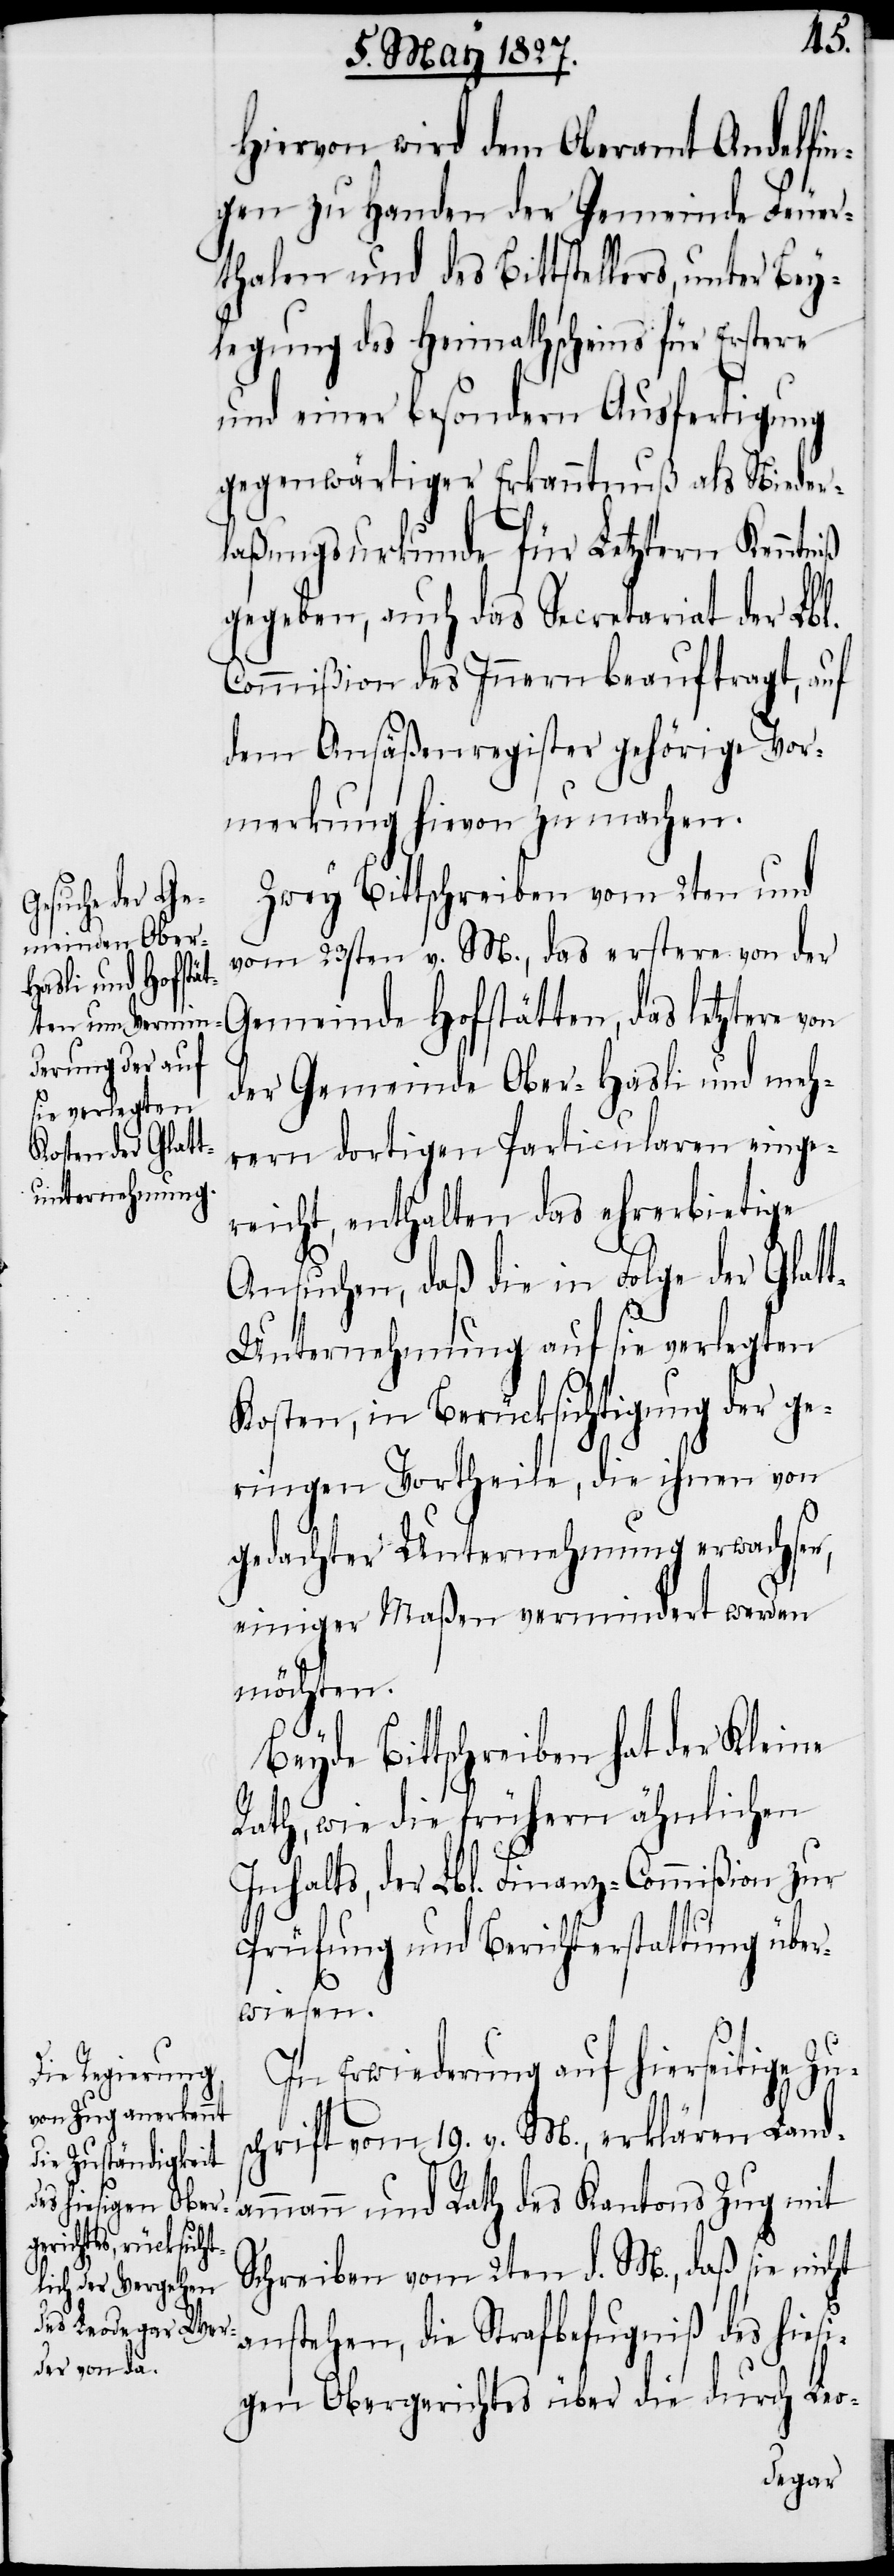
Hiervon wird dem Oberamt Andelfin¬
gen zu Handen der Gemeinde Feuer¬
thalen und des Bittstellers, unter Bey¬
legung des Heimathscheins für Erstere
und einer besondern Ausfertigung
gegenwärtiger Erkanntnuß als Nieder¬
laßungsurkunde für Letztern Kenntniß
gegeben, auch das Secretariat der Lbl.
Commißion des Innern beauftragt, auf
dem Ansäßenregister gehörige Vor¬
merkung hievon zu machen.
Zwey Bittschreiben vom 2ten und
vom 23sten v. M., das erstere von der
Gemeinde Hofstätten, das letztere von
der Gemeinde Ober-Hasli und meh¬
rern dortigen Particularen einge¬
reicht, enthalten das ehrerbietige
Ansuchen, daß die in Folge der Glat¬
t-Unternehmung auf sie verlegten
Kosten, in Berücksichtigung der ge¬
ringen Vortheile, die ihnen von
gedachter Unternehmung erwachsen,
einiger Maßen vermindert werden
möchten.
Beyde Bittschreiben hat der Kleine
Rath, sowie die frühern ähnlichen
Inhalts, der Lbl. Finanz-Commißion zur
Prüfung und Berichtserstattung über¬
wiesen.
In Erwiederung auf hierseitige Zus¬
chrift vom 19. v. M., erklären Land¬
ammann und Rath des Kantons Zug mit
Schreiben vom 2ten d. M., daß sie nicht
anstehen, die Strafbefugniß des hiesi¬
gen Obergerichtes über die durch Leo-